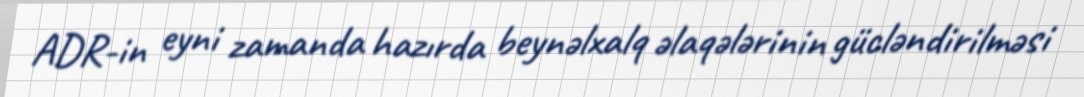
ADR-in eyni zamanda hazırda beynəlxalq əlaqələrinin gücləndirilməsi